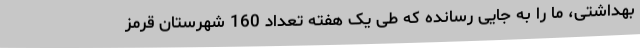
بهداشتی، ما را به جایی رسانده که طی یک هفته تعداد 160 شهرستان قرمز